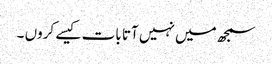
سمجھ میں نہیں آتا بات کیسے کروں ۔